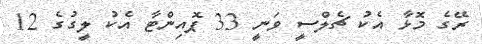
ރޭގެ މޮޅާ އެކު ޗެލްސީ ވަނީ 33 ޕޮއިންޓާ އެކު ލީގުގެ 12